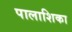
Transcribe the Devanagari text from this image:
पालाशिका